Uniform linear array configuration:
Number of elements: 32
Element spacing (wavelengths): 0.75
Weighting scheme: cosine
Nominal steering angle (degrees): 60
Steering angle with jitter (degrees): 59.172
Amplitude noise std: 0.05
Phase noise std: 0.05

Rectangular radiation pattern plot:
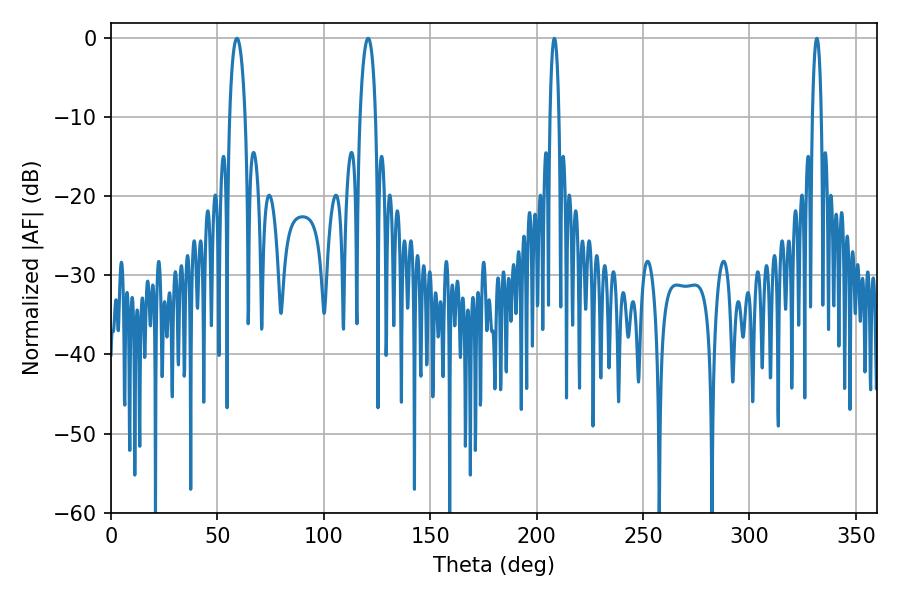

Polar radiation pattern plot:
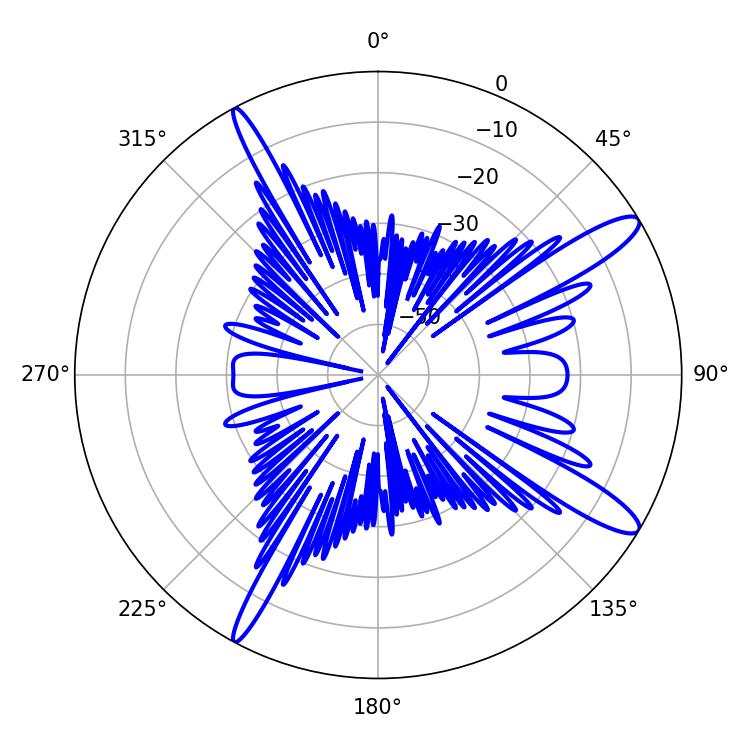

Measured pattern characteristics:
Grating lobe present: TRUE
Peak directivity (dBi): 13.196
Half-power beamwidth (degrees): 4.14
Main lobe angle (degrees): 120.78